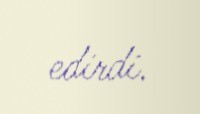
edirdi.